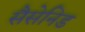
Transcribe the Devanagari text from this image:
सैसेनिड